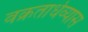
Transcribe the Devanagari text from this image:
वक्रतार्धव्यास